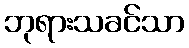
ဘုရားသခင်သာ